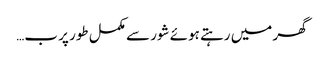
گھر میں رہتے ہوئے شور سے مکمل طور پر ب…